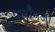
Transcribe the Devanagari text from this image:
पलौनजी